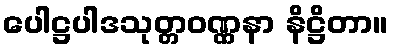
ပေါဋ္ဌပါဒသုတ္တဝဏ္ဏနာ နိဋ္ဌိတာ။